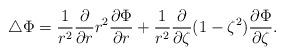
LaTeX: \begin{align*}\triangle\Phi=\frac{1}{r^2}\frac{\partial}{\partial r}r^2\frac{\partial\Phi}{\partial r}+\frac{1}{r^2}\frac{\partial}{\partial\zeta}(1-\zeta^2)\frac{\partial\Phi}{\partial\zeta}.\end{align*}